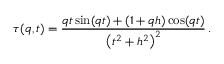
\tau ( q , t ) = \frac { q t \sin ( q t ) + \left( 1 + q h \right) \cos ( q t ) } { \left( t ^ { 2 } + h ^ { 2 } \right) ^ { 2 } } \, .